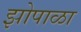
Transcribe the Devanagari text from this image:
झोपाळा